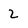
Character: 2